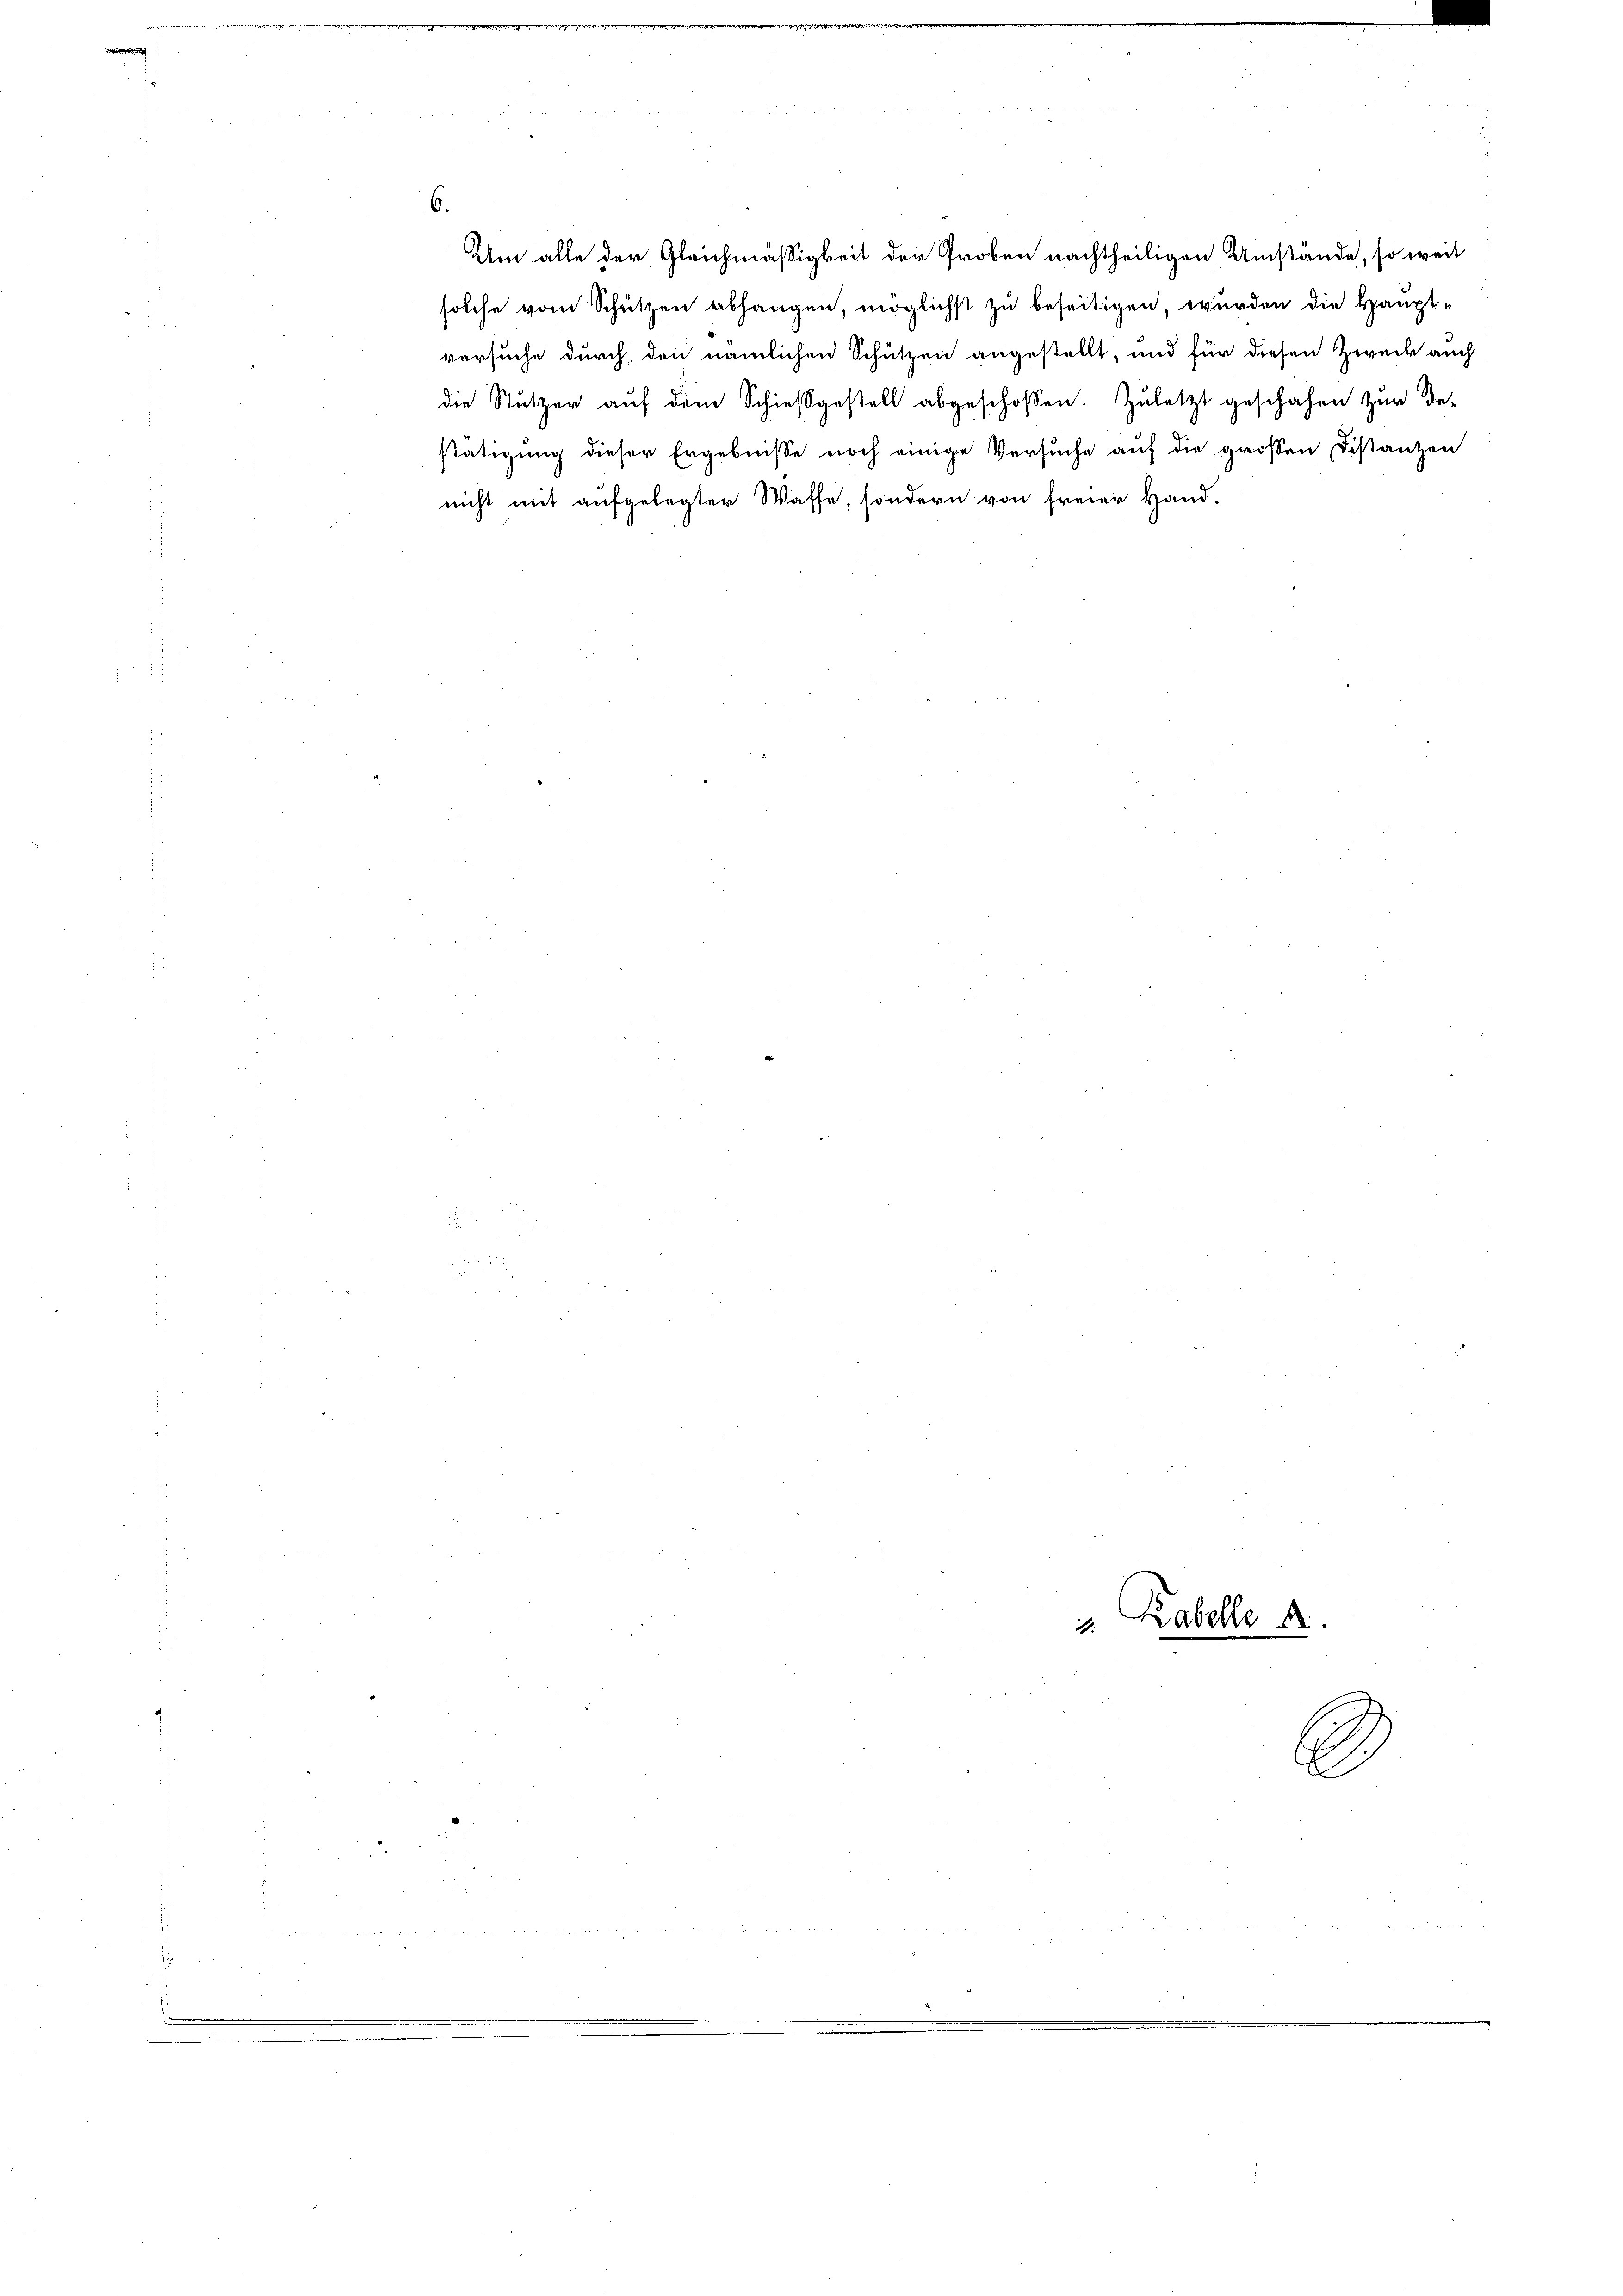
Um alle der Gleichmäßigkeit der Proben nachtheiligen Umstände, so weit
solche vom Schützen abhangen, möglichst zu beseitigen, wurden die Hauptversuche durch, den nämlichen Schützen angestellt, und für diesen Zweck auch
die Stützer aŭf dem Schießgestell abgeschossen. Zuletzt geschahen zŭr Be-
stätigung dieser Ergebnisse noch einige Versuche auf die grossen Distanzen
nicht mit aufgelegter Wasse, sondern von freier Hand.

Rabelle 4.
.